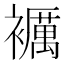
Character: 𧞵